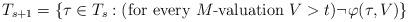
LaTeX: \begin{align*}T_{s+1} = \{ \tau \in T_s : (\mbox{for every } M\mbox{-valuation } V > t)\neg \varphi(\tau, V) \}\end{align*}